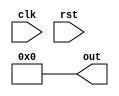
// Code your design here
module ravi_counter(out,clk,rst);
  output reg [7:0]out;
  input clk, rst;
  initial
    begin
      out = 8'b0;
    end
  always@(posedge clk)
    begin
      out = out + 1;
    end
  always@(rst)
    begin
      if(rst == 1)
        begin
          out = 8'b0;
        end
    end
endmodule